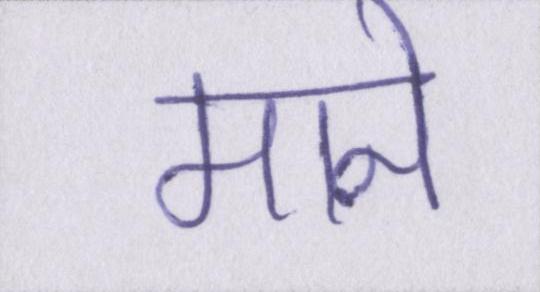
माने